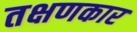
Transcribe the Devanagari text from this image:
तक्षणकार